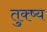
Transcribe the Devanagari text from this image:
तुक्ष्य